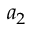
a _ { 2 }